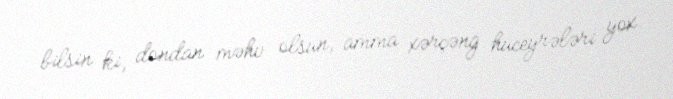
bilsin ki, dondan məhv olsun, amma xərçəng hüceyrələri yox.